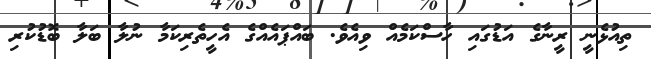
ތިއުޅެނީ ރީނާގެ އަޑުގައި ހާސްކަމެއް ވިއެވެ. ބައްޕައެއްގެ އެހީތެރިކަމާ ނުލާ ބަލާ ބޮޑުކުރި